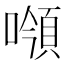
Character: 𩒻